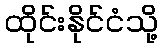
ထိုင်းနိုင်ငံသို့